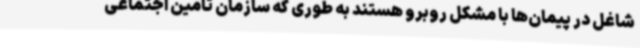
شاغل در پیمان‌ها با مشکل روبرو هستند به طوری که سازمان تامین اجتماعی